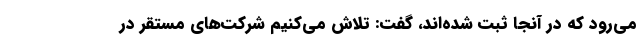
می‌رود که در آنجا ثبت شده‌اند، گفت: تلاش می‌کنیم شرکت‌های مستقر در